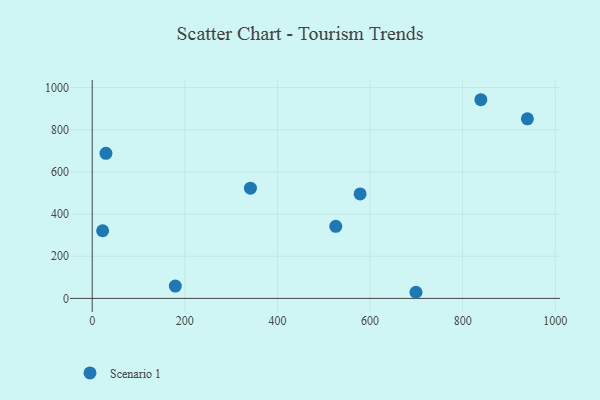
{"axis": {"x": "Experience", "y": "Profit"}, "legend": ["Scenario 1"], "data": [{"x": "939.8", "y": 851.6, "type": "Scenario 1"}, {"x": "699.2", "y": 29.1, "type": "Scenario 1"}, {"x": "179.5", "y": 58.5, "type": "Scenario 1"}, {"x": "341.7", "y": 522.7, "type": "Scenario 1"}, {"x": "578.6", "y": 495.4, "type": "Scenario 1"}, {"x": "29.7", "y": 687.9, "type": "Scenario 1"}, {"x": "526.0", "y": 341.7, "type": "Scenario 1"}, {"x": "22.5", "y": 321.0, "type": "Scenario 1"}, {"x": "839.3", "y": 942.3, "type": "Scenario 1"}]}